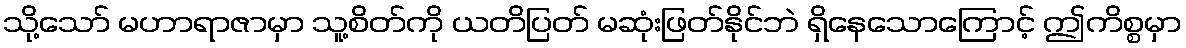
သို့သော် မဟာရာဇာမှာ သူ့စိတ်ကို ယတိပြတ် မဆုံးဖြတ်နိုင်ဘဲ ရှိနေသောကြောင့် ဤကိစ္စမှာ